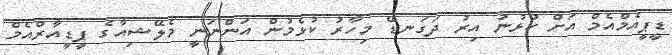
ޑީޕީއެމްއެމް އަށް ކުޅުނު އިރު ދަގަނޑޭ މިހާރު ކުޅެމުން އަންނަނީ މެލޭޝިއާގެ ޕީޑީއާރްއެމް